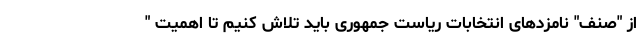
از "صنف" نامزدهای انتخابات ریاست جمهوری باید تلاش کنیم تا اهمیت "